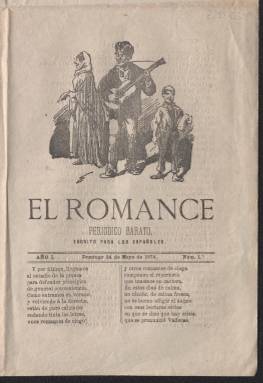
Título: El Romance (Madrid)
Colección: Revistas satíricas y humorísticas
Ámbito geográfico: Madrid
Lugar de publicación: Madrid
Fechas: 24/05/1874-24/05/1874